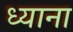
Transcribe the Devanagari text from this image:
ध्याना